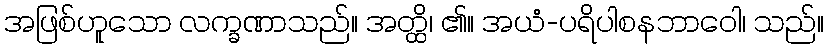
အဖြစ်ဟူသော လက္ခဏာသည်။ အတ္ထိ၊ ၏။ အယံ-ပရိပါစနဘာဝေါ၊ သည်။